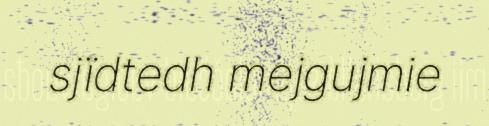
sjïdtedh mejgujmie